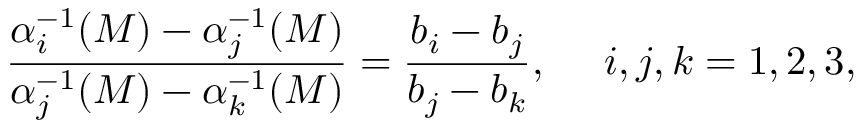
\frac { \alpha _ { i } ^ { - 1 } ( M ) - \alpha _ { j } ^ { - 1 } ( M ) } { \alpha _ { j } ^ { - 1 } ( M ) - \alpha _ { k } ^ { - 1 } ( M ) } = \frac { b _ { i } - b _ { j } } { b _ { j } - b _ { k } } , ~ ~ ~ ~ i , j , k = 1 , 2 , 3 ,